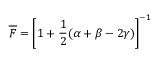
\overline { { F } } = \left[ 1 + \frac { 1 } { 2 } ( \alpha + \beta - 2 \gamma ) \right] ^ { - 1 }